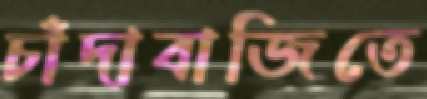
চাঁদাবাজিতে